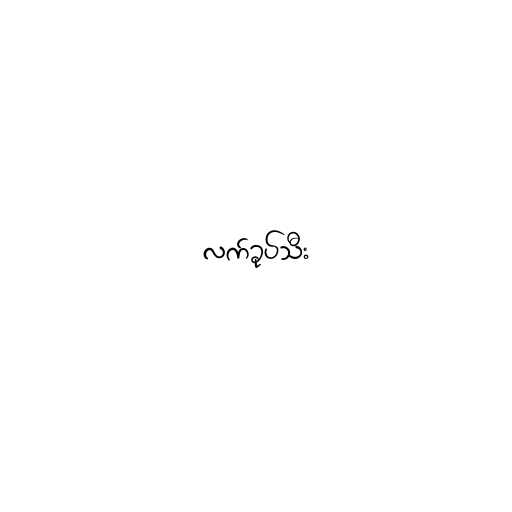
လက်ခုပ်သီး